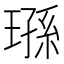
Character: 𬎄